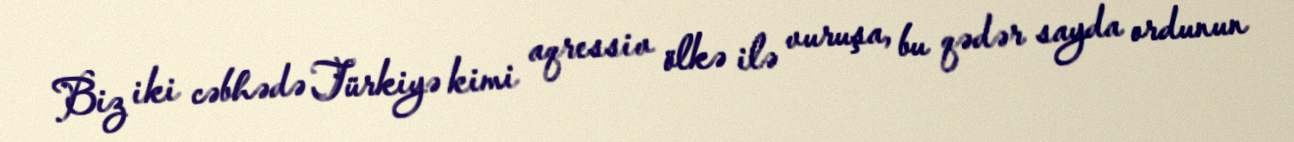
Biz iki cəbhədə Türkiyə kimi aqressiv ölkə ilə vuruşa, bu qədər sayda ordunun